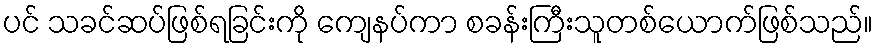
ပင် သခင်ဆပ်ဖြစ်ရခြင်းကို ကျေနပ်ကာ စခန်းကြီးသူတစ်ယောက်ဖြစ်သည်။